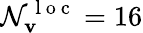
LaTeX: \mathcal{N}_{\mathbf{{v}}}^{\mathrm{{~l~o~c~}}}=16